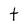
Character: t